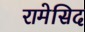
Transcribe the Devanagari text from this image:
रामेसिद